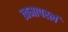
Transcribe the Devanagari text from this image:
त्वमापस्त्वं